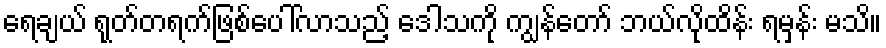
ရေချယ် ရုတ်တရက်ဖြစ်ပေါ်လာသည့် ဒေါသကို ကျွန်တော် ဘယ်လိုထိန်း ရမှန်း မသိ။